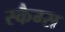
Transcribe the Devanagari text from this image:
स्कैग्स